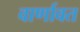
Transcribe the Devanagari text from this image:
वार्णावत